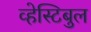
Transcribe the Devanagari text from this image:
व्हेस्टिबुल